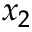
x _ { 2 }